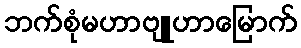
ဘက်စုံမဟာဗျူဟာမြောက်